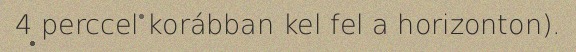
4 perccel korábban kel fel a horizonton).